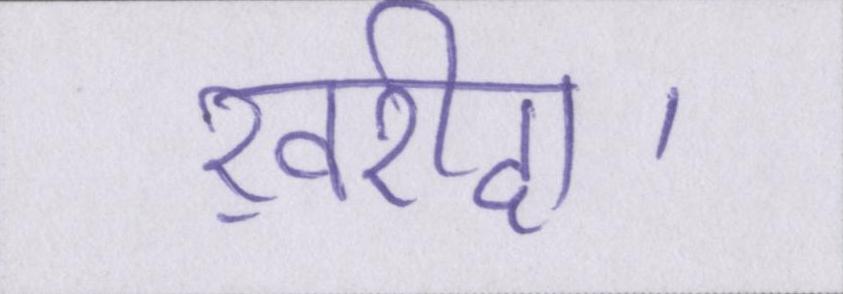
ख़रीदा।